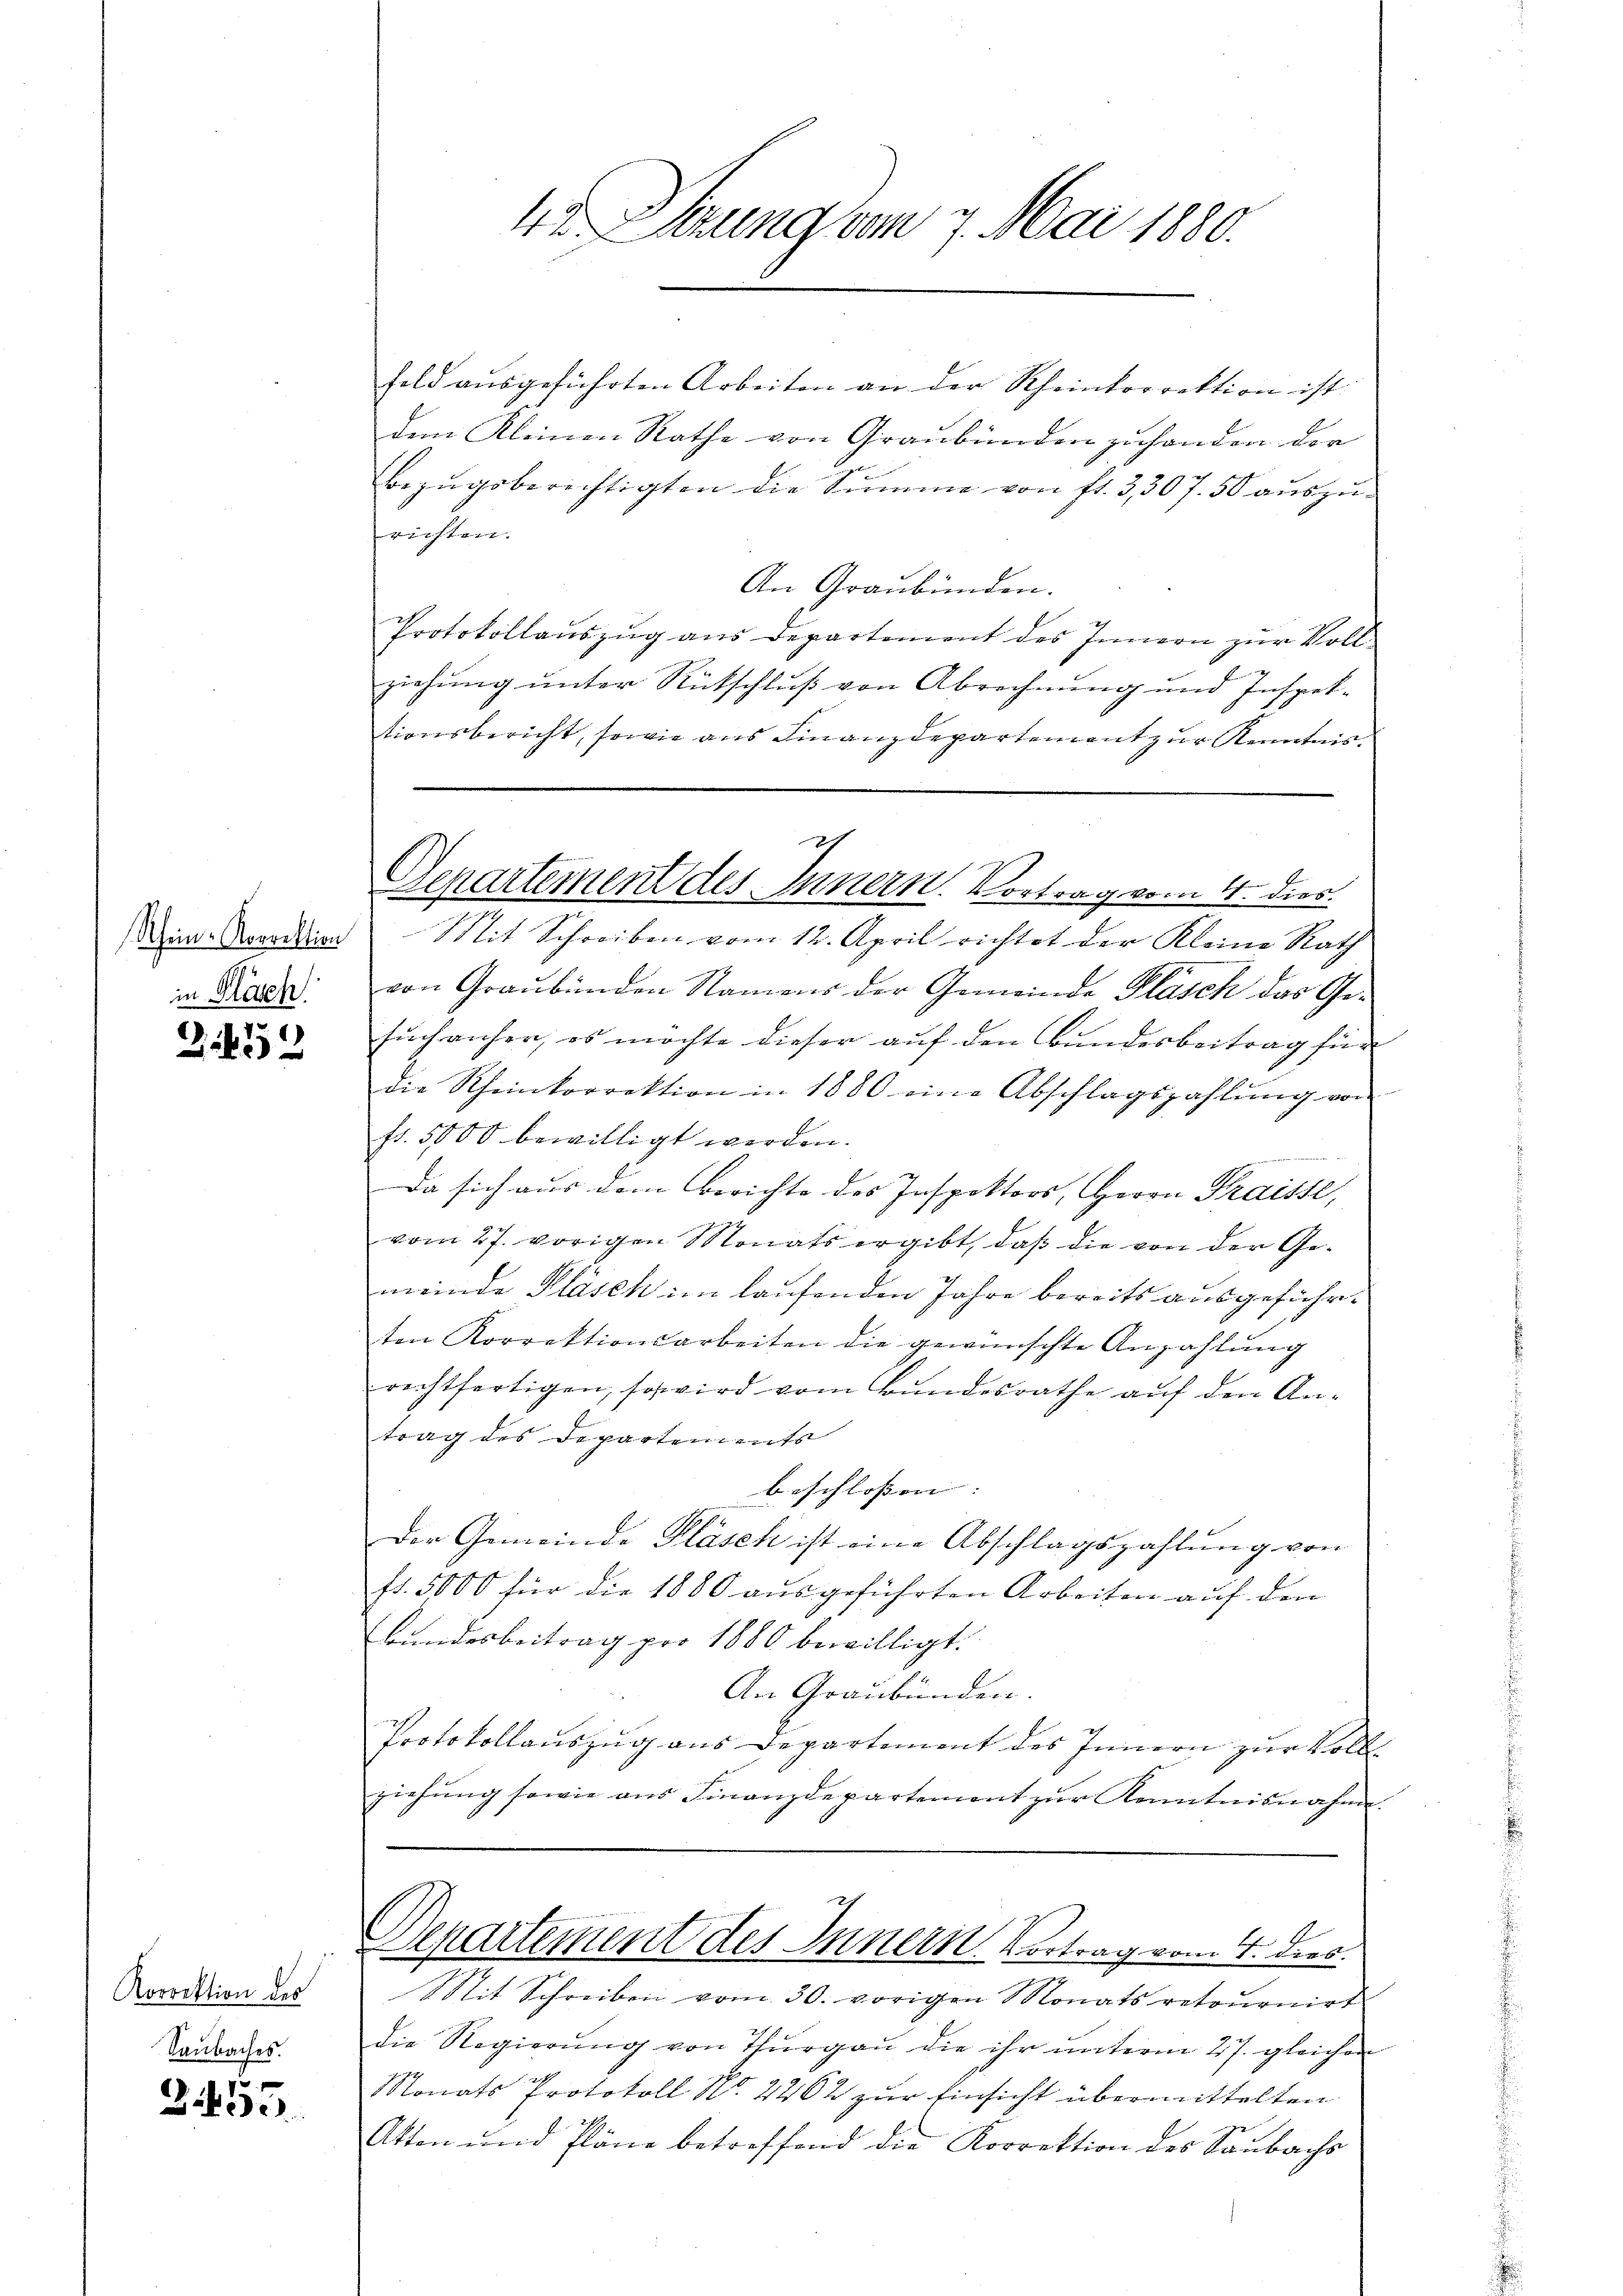
Rhein-Korrektion
in Fläsch

Z 139

Korrektion des
Sanbaches.

2
2435

Serung vom 7. Mai 1880.

fold aŭsgeführten Arbeiten an der Rheinkorrektion ist
dem Kleinen Rathe von Graubünden zuhanden der
Bezŭgsberechtigten die Summe von fl. 3,307. 50 aŭszŭ-
richten.
An Graubünden.
Protokollauszug aus Departement des Innern zur Vollziehung unter Rückschluß von Abrechnung und Inspektionsbericht, sowie aus Finanzdepartement zur Kenntnis
Mit Schreiben vom 12. April richtet der Kleine Rath
von Graubünden Namens der Gemeinde Flasch das Ge-
such anher, es möchte dieser auf den Bundesbeitrag für
die Rheinkorrektion in 1880 eine Abschlagszahlŭng von
fr. 5000 bewilligt werden.
Da sich aus dem Berichte des Inspektors, Herrn Fraisse,
vom 27. vorigen Monats ergibt, daß die von der Gemeinde Pläsch im laufenden Jahre bereits ausgeführt
ten Korrektionsarbeiten die gewünschte Anzahlung
rechtfertigen, so wird vom Bundesrathe auf den Antrag des Departements
beschlossen: |
Der Gemeinde Pläsch ist eine Abschlagszahlung von
fr. 5000 für die 1880 ausgeführten Arbeiten auf den
Bundesbeitrag pro 1880 bewilligt.
.
An Graubünden.
Protokollauszug aus Departement des Innern zur Voll
ziehung sowie ans Finanzdepartement zur Kenntnisnahme.
ber
Departement des Innern Vortrag vom 1. Dies
Sit Schreiben vom 30. vorigen Monats retoŭrnirt
die Regierŭng von Thŭrgaŭ die ihr ŭnterm 27. gleichen
Nonats Protokoll No. 2262 zur Einsicht übermittelten
Atten und Pläne betreffend die Korrektion des Saubachs

Departement des Innern. Vortrag vom 4. dies